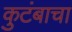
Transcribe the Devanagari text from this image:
कुटंबाचा